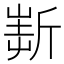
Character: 𣂲